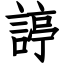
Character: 諪